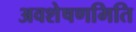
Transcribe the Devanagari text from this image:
अवशेषणमिति